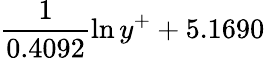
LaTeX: \frac{1}{0.4092}\ln{y^{+}}+5.1690